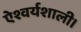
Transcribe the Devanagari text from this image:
ऐश्वर्यशाली।